65_HS1-834228961_62-HQ-83894_Section_6
Agency: FBI
Page 52
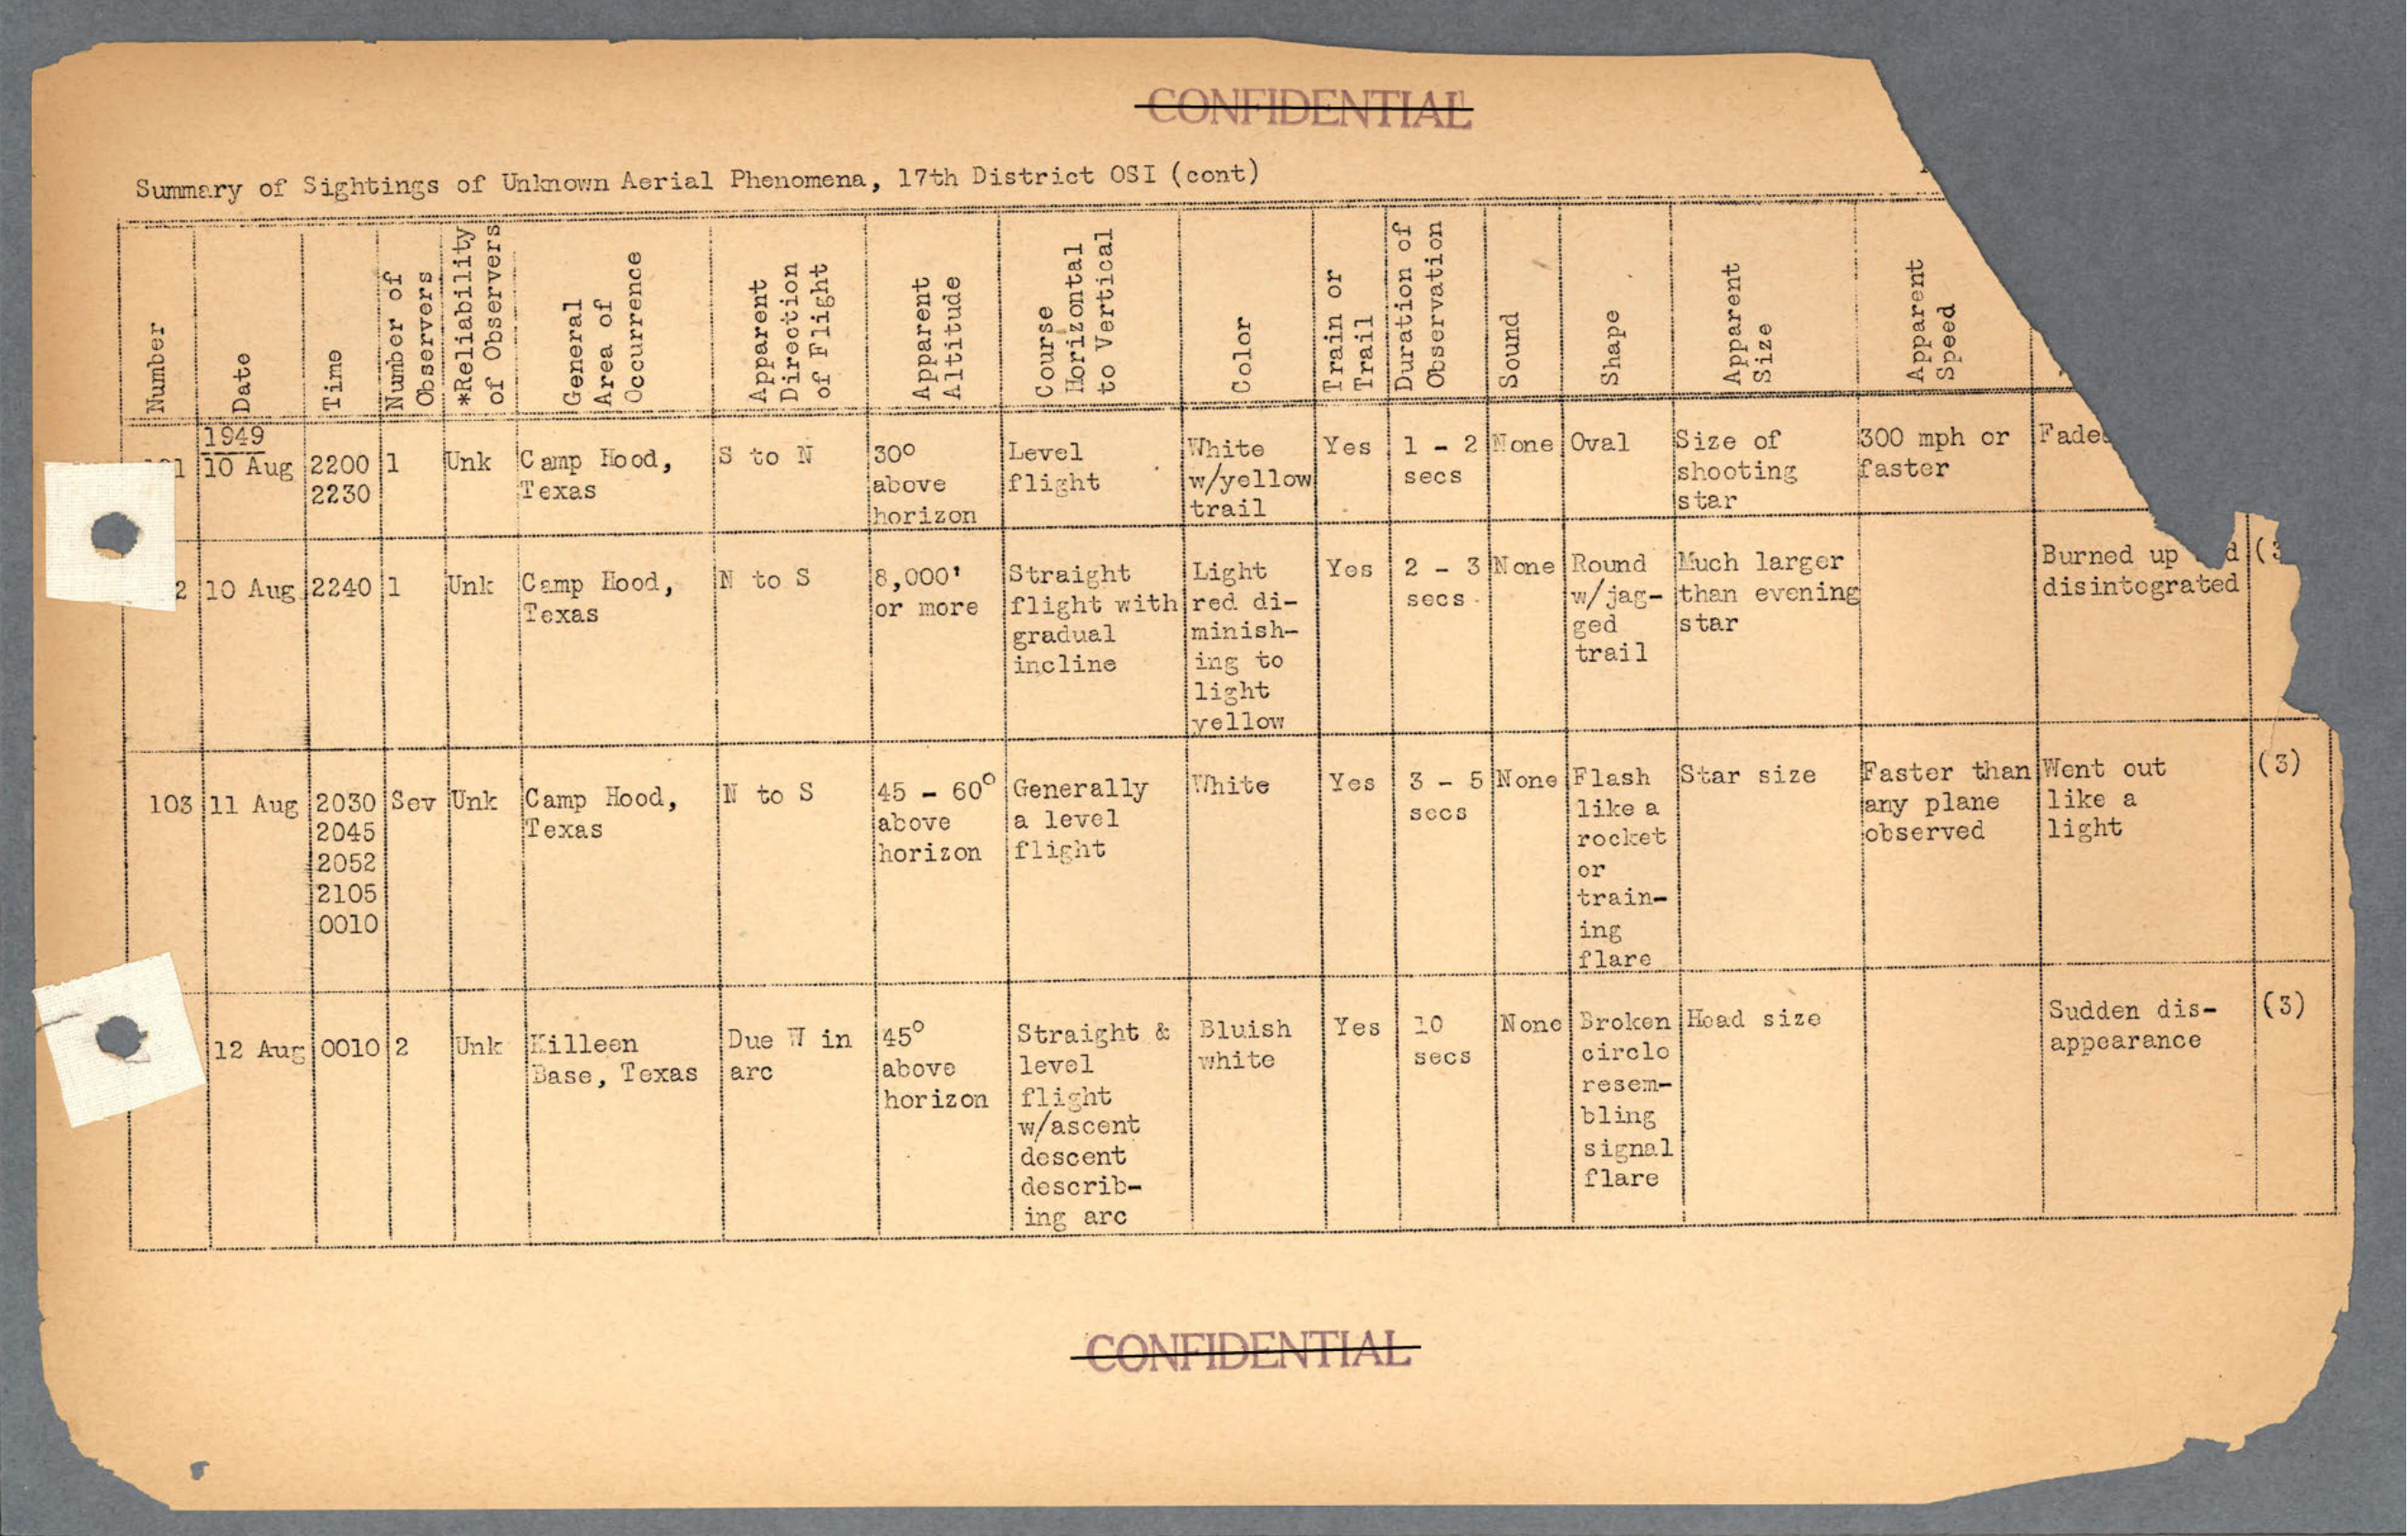